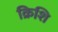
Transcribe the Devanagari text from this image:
क्रिशि